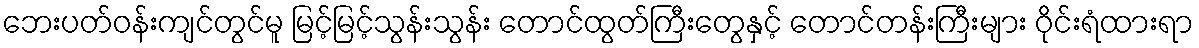
ဘေးပတ်ဝန်းကျင်တွင်မူ မြင့်မြင့်သွန်းသွန်း တောင်ထွတ်ကြီးတွေနှင့် တောင်တန်းကြီးများ ဝိုင်းရံထားရာ